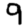
Digit: 9